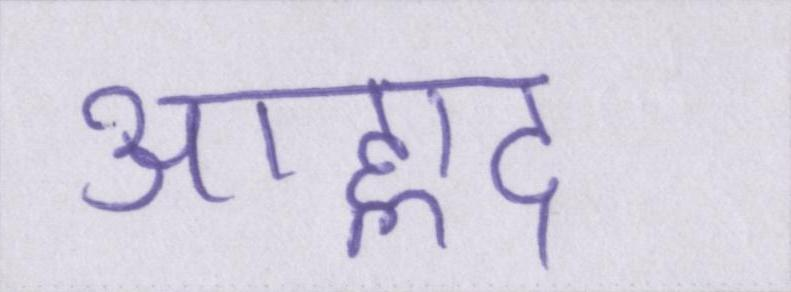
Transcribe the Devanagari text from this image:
आह्लाद